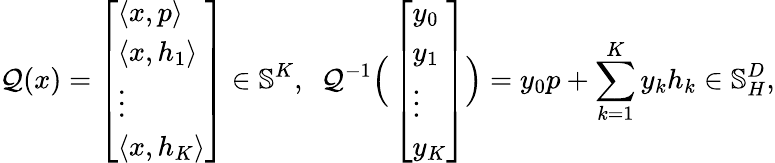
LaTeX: \mathcal{Q}(x)=\left[\begin{array}{l}{\langle x,p\rangle}\\ {\langle x,h_{1}\rangle}\\ {\vdots}\\ {\langle x,h_{K}\rangle}\end{array}\right]\in\mathbb{S}^{K},\ \ \mathcal{Q}^{-1}\Big(\left[\begin{array}{l}{y_{0}}\\ {y_{1}}\\ {\vdots}\\ {y_{K}}\end{array}\right]\Big)=y_{0}p+\sum_{k=1}^{K}y_{k}h_{k}\in\mathbb{S}_{H}^{D},